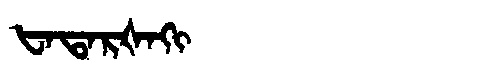
Manchu: ᡶᠠᡨᠠᡵᡧᠠᡴᡳ
Romanization: FATARŠAKI